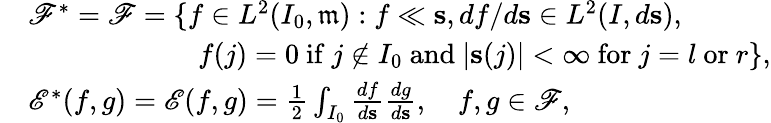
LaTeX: \begin{array}{rl}&{{\mathscr F}^{*}={\mathscr F}=\{ f\in L^{2}(I_{0},\mathfrak{m}):f\ll\mathbf{s},df/d\mathbf{s}\in L^{2}(I,d\mathbf{s}),}\\ &{\qquad\qquad\qquad f(j)=0\mathrm{~if~}j\notin I_{0}\mathrm{~and~}|\mathbf{s}(j)|<\infty\mathrm{~for~}j=l\mathrm{~or~}r\} ,}\\ &{{\mathscr E}^{*}(f,g)={\mathscr E}(f,g)=\frac{1}{2}\int_{I_{0}}\frac{df}{d\mathbf{s}}\frac{dg}{d\mathbf{s}},\quad f,g\in{\mathscr F},}\end{array}